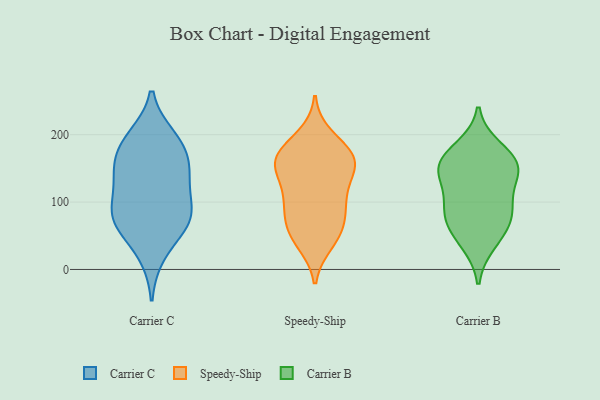
{"axis": {"x": "Inventory Turnover", "y": "Value"}, "legend": ["Carrier B", "Carrier C", "Speedy-Ship"], "data": [{"x": "", "y": 190, "type": "Carrier C"}, {"x": "", "y": 74, "type": "Carrier C"}, {"x": "", "y": 159, "type": "Carrier C"}, {"x": "", "y": 138, "type": "Carrier C"}, {"x": "", "y": 90, "type": "Carrier C"}, {"x": "", "y": 143, "type": "Carrier C"}, {"x": "", "y": 74, "type": "Carrier C"}, {"x": "", "y": 73, "type": "Carrier C"}, {"x": "", "y": 195, "type": "Carrier C"}, {"x": "", "y": 125, "type": "Carrier C"}, {"x": "", "y": 23, "type": "Carrier C"}, {"x": "", "y": 180, "type": "Carrier C"}, {"x": "", "y": 73, "type": "Carrier C"}, {"x": "", "y": 61, "type": "Speedy-Ship"}, {"x": "", "y": 97, "type": "Speedy-Ship"}, {"x": "", "y": 40, "type": "Speedy-Ship"}, {"x": "", "y": 165, "type": "Speedy-Ship"}, {"x": "", "y": 57, "type": "Speedy-Ship"}, {"x": "", "y": 88, "type": "Speedy-Ship"}, {"x": "", "y": 159, "type": "Speedy-Ship"}, {"x": "", "y": 48, "type": "Speedy-Ship"}, {"x": "", "y": 127, "type": "Speedy-Ship"}, {"x": "", "y": 152, "type": "Speedy-Ship"}, {"x": "", "y": 176, "type": "Speedy-Ship"}, {"x": "", "y": 162, "type": "Speedy-Ship"}, {"x": "", "y": 197, "type": "Speedy-Ship"}, {"x": "", "y": 92, "type": "Speedy-Ship"}, {"x": "", "y": 153, "type": "Speedy-Ship"}, {"x": "", "y": 170, "type": "Speedy-Ship"}, {"x": "", "y": 114, "type": "Speedy-Ship"}, {"x": "", "y": 157, "type": "Carrier B"}, {"x": "", "y": 85, "type": "Carrier B"}, {"x": "", "y": 153, "type": "Carrier B"}, {"x": "", "y": 90, "type": "Carrier B"}, {"x": "", "y": 179, "type": "Carrier B"}, {"x": "", "y": 81, "type": "Carrier B"}, {"x": "", "y": 123, "type": "Carrier B"}, {"x": "", "y": 152, "type": "Carrier B"}, {"x": "", "y": 152, "type": "Carrier B"}, {"x": "", "y": 40, "type": "Carrier B"}, {"x": "", "y": 57, "type": "Carrier B"}]}